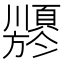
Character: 𬱍